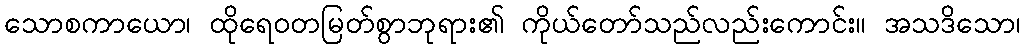
သောစကာယော၊ ထိုရေဝတမြတ်စွာဘုရား၏ ကိုယ်တော်သည်လည်းကောင်း။ အသဒိသော၊